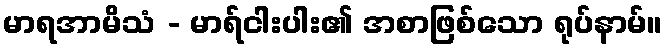
မာရအာမိသံ - မာရ်ငါးပါး၏ အစာဖြစ်သော ရုပ်နာမ်။